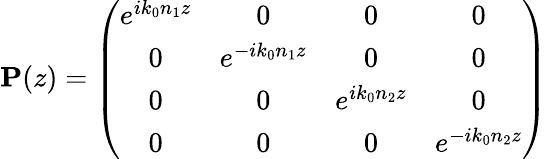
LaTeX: \mathbf{P}(z)=\left(\begin{array}{cccc}{e^{ik_{0}n_{1}z}}&{0}&{0}&{0}\\ {0}&{e^{-ik_{0}n_{1}z}}&{0}&{0}\\ {0}&{0}&{e^{ik_{0}n_{2}z}}&{0}\\ {0}&{0}&{0}&{e^{-ik_{0}n_{2}z}}\end{array}\right)